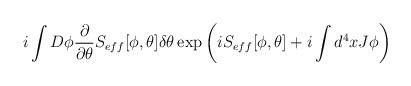
LaTeX: \begin{align*}i\int D\phi \frac{\partial }{\partial \theta }S_{eff}[\phi ,\theta ]\delta \theta \exp \left( iS_{eff}[\phi ,\theta ]+i\int d^{4}xJ\phi \right)\end{align*}